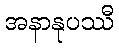
အနာနုပဿီ